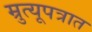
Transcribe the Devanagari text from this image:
म्रुत्यूपत्रात